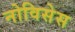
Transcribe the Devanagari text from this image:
नोविसेस